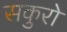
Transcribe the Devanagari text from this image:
सकुरो